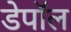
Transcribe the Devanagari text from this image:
डेपॉल